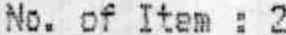
NO. OF ITEM : 2